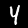
Digit: 4